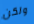
ولكن